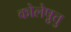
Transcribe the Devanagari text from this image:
कोलेष़ुत्तु